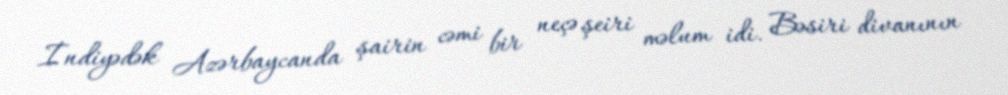
İndiyədək Azərbaycanda şairin cəmi bir neçə şeiri məlum idi. Bəsiri divanının